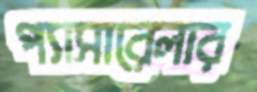
প্যাসারেলার